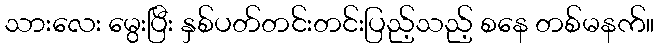
သားလေး မွေးပြီး နှစ်ပတ်တင်းတင်းပြည့်သည့် စနေ တစ်မနက်။